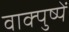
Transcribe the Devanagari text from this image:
वाक्पुष्पें